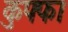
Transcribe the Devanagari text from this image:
कुफ्फा